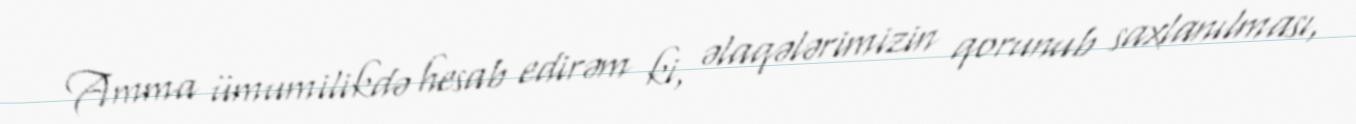
Amma ümumilikdə hesab edirəm ki, əlaqələrimizin qorunub saxlanılması,